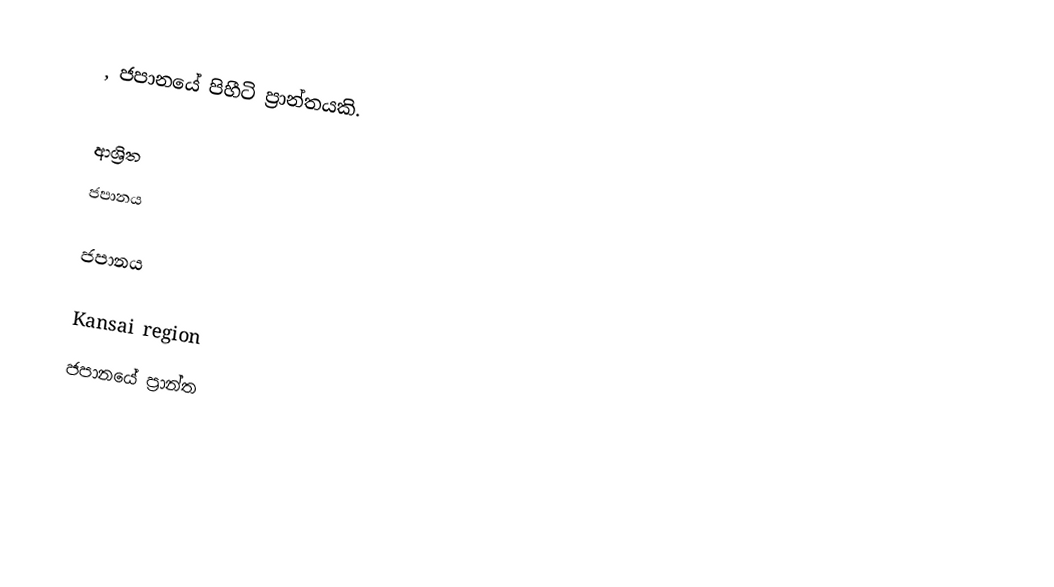
, ජපානයේ පිහීටි ප්‍රාන්තයකි.

ආශ්‍රිත
 ජපානය

ජපානය

Kansai region
ජපානයේ ප්‍රාන්ත